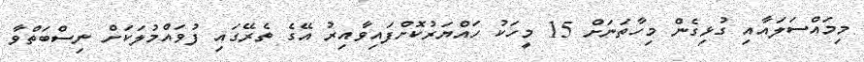
މިމައްސަލައާއި ގުޅިގެން މިހާތަނަށް 15 މީހަކު ހައްޔަރުކޮށްފައިވާއިރު އޭގެ ތެރޭގައި ފުވައްމުލަކަށް ނިސްބަތްވާ